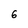
Character: 6